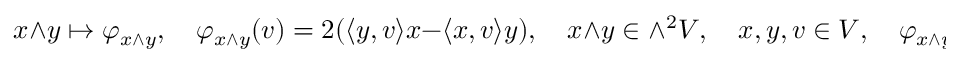
x \wedge y \mapsto \varphi _ { x \wedge y } , \quad \varphi _ { x \wedge y } ( v ) = 2 ( \langle y , v \rangle x - \langle x , v \rangle y ) , \quad x \wedge y \in \wedge ^ { 2 } V , \quad x , y , v \in V , \quad \varphi _ { x \wedge y } \in { \mathfrak { s o } } ( n , \mathbb { C } ) ,